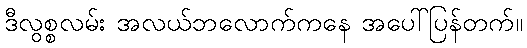
ဒီလွစ္စလမ်း အလယ်ဘလောက်ကနေ အပေါ်ပြန်တက်။